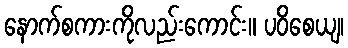
နောက်စကားကိုလည်းကောင်း။ ပဝိစေယျ၊